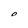
Character: O